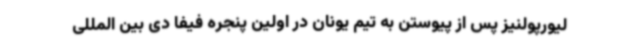
لیورپولنیز پس از پیوستن به تیم یونان در اولین پنجره فیفا دی بین المللی